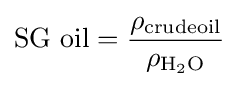
{\mbox{SG oil}}={\frac {\rho _{\text{crudeoil}}}{\rho _{{\text{H}}_{2}{\text{O}}}}}